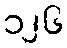
၁၂၆